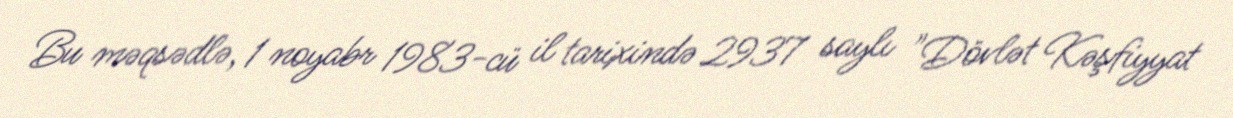
Bu məqsədlə, 1 noyabr 1983-cü il tarixində 2937 saylı "Dövlət Kəşfiyyat